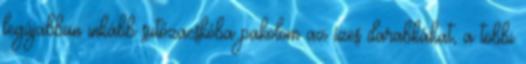
legújabban inkább sütőzacskóba pakolom az ízes darabkákat, a többi